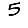
Digit: 5